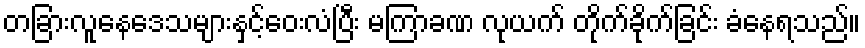
တခြားလူနေဒေသများနှင့်ဝေးလံပြီး မကြာခဏ လုယက် တိုက်ခိုက်ခြင်း ခံနေရသည်။